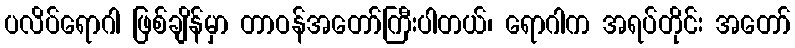
ပလိပ်ရောဂါ ဖြစ်ချိန်မှာ တာဝန်အတော်ကြီးပါတယ်၊ ရောဂါက အရပ်တိုင်း အတော်